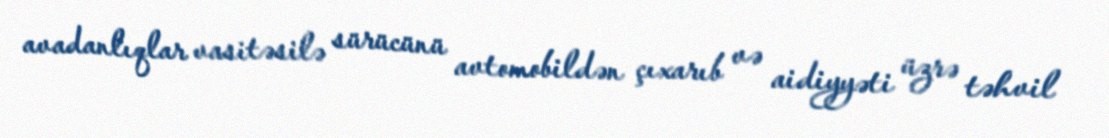
avadanlıqlar vasitəsilə sürücünü avtomobildən çıxarıb və aidiyyəti üzrə təhvil